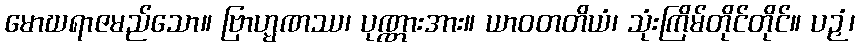
မောဃရာဇမည်သော။ ဗြာဟ္မဏဿ၊ ပုဏ္ဏားအား။ ယာဝတတိယံ၊ သုံးကြိမ်တိုင်တိုင်။ ပဉှံ၊